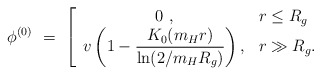
\begin{align*}\phi^{(0)}\ =\ \left[ \begin{array}{cl}\displaystyle 0\ , & r\le R_g\\\displaystyle v\left(1-\frac{K_0(m_Hr)}{\ln(2/m_HR_g)}\right), &r\gg R_g. \end{array} \right.\end{align*}